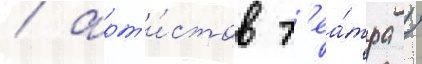
/ арт'и́стов т'еа́тра /